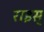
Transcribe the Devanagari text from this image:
राइस्